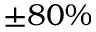
\pm 8 0 \%